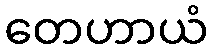
တေဟာယံ